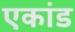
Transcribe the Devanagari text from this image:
एकांड